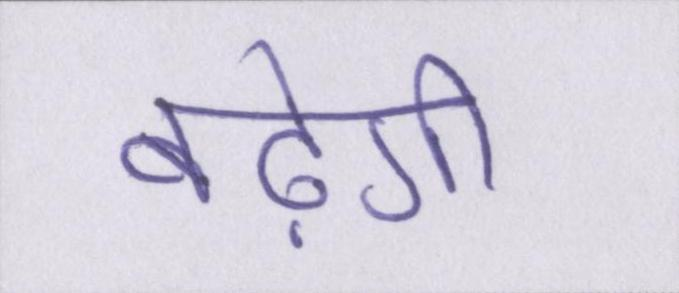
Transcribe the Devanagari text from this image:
बढ़ेगी